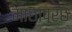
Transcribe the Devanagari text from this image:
माछापुर्छ